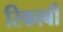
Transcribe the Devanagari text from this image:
रिकाबी